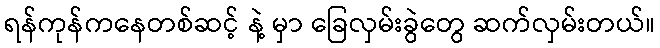
ရန်ကုန်ကနေတစ်ဆင့် နဲ့ မှာ ခြေလှမ်းခွဲတွေ ဆက်လှမ်းတယ်။